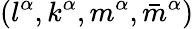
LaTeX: (l^{\alpha},k^{\alpha},m^{\alpha},\bar{m}^{\alpha})